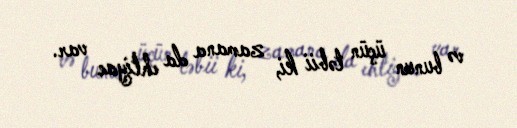
və bunun üçün təbii ki, zamana da ehtiyac var.